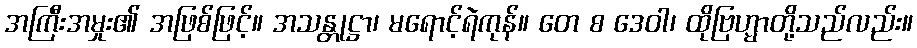
အကြီးအမှုး၏ အဖြစ်ဖြင့်။ အသန္တုဋ္ဌာ၊ မရောင့်ရဲကုန်။ တေ စ ဒေဝါ၊ ထိုဗြဟ္မာတို့သည်လည်း။